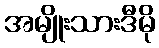
အမျိုးသားဒီမို